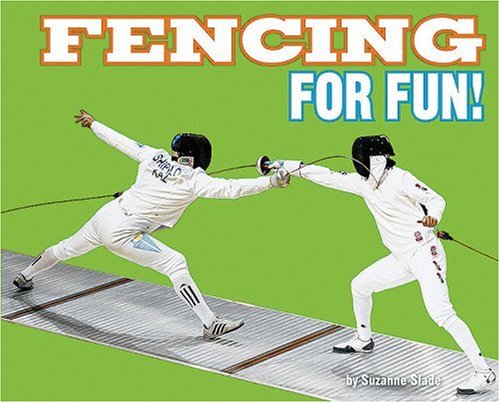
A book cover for Fencing for Fun! (For Fun!: Sports); Suzanne Slade; Sports & Outdoors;